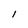
Character: l